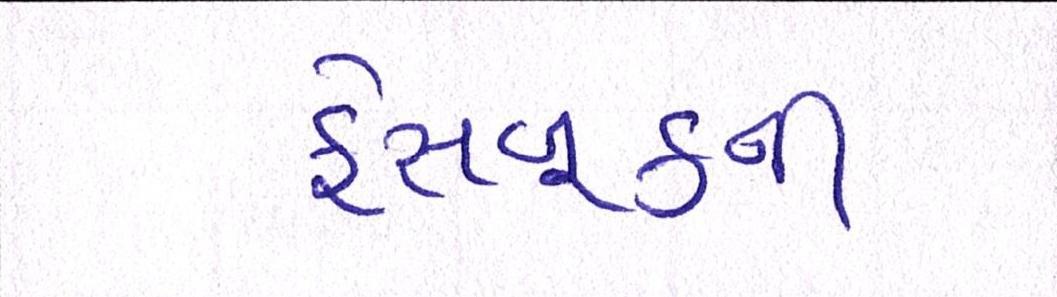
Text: ફેસબુકની